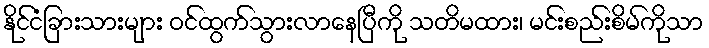
နိုင်ငံခြားသားများ ဝင်ထွက်သွားလာနေပြီကို သတိမထား၊ မင်းစည်းစိမ်ကိုသာ